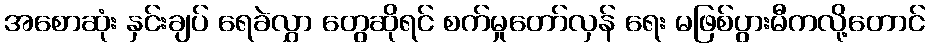
အစောဆုံး နှင်းချပ် ရေခဲလွှာ တွေဆိုရင် စက်မှုတော်လှန် ရေး မဖြစ်ပွားမီကလို့တောင်